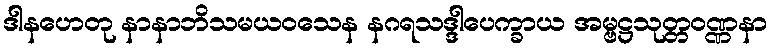
ဒါနဟေတု နာနာဘိသမယဝသေန နဂရသဒ္ဒါပေက္ခာယ အမ္ဗဋ္ဌသုတ္တဝဏ္ဏနာ